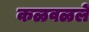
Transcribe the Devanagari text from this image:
कळवळलें